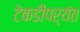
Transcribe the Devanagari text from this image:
टेकडीपर्यंत